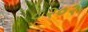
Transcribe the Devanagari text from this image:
८२०२